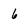
Character: 6